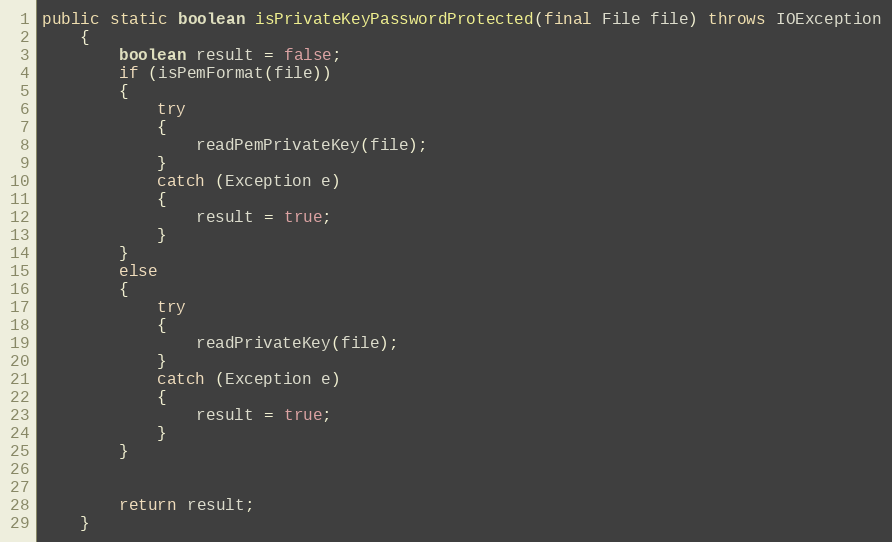
Language: Java
public static boolean isPrivateKeyPasswordProtected(final File file) throws IOException
	{
		boolean result = false;
		if (isPemFormat(file))
		{
			try
			{
				readPemPrivateKey(file);
			}
			catch (Exception e)
			{
				result = true;
			}
		}
		else
		{
			try
			{
				readPrivateKey(file);
			}
			catch (Exception e)
			{
				result = true;
			}
		}

		return result;
	}